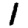
Digit: 1